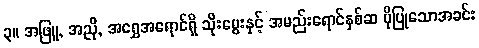
၃။ အဖြူ, အညို, အရွှေအရောင်ရှိ သိုးမွေးနှင့် အမည်းရောင်နှစ်ဆ ပိုပြုသောအခင်း